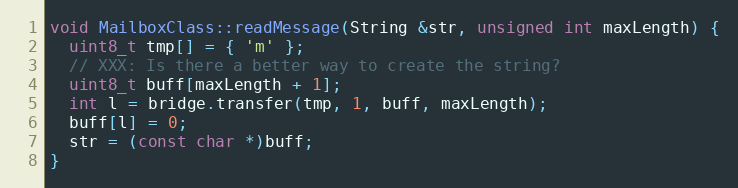
Language: C++
void MailboxClass::readMessage(String &str, unsigned int maxLength) {
  uint8_t tmp[] = { 'm' };
  // XXX: Is there a better way to create the string?
  uint8_t buff[maxLength + 1];
  int l = bridge.transfer(tmp, 1, buff, maxLength);
  buff[l] = 0;
  str = (const char *)buff;
}